system: You are a helpful assistant.
user:
Analyze the provided spectrum to determine if it is a **M-type Giant (gM)**.

A M-type Giant spectrum is defined by its **strong molecular absorption** features, particularly from **Titanium Oxide (TiO)**. You must check for one of the following mutually exclusive signatures:

- **Key Visual Indicators (Absorption-Dominated Spectrum):**

    - **(Primary):** The spectrum is dominated by strong molecular absorption from **Titanium Oxide (TiO)**. This is the **defining feature** of its M-type temperature class.
        - **(Key Bandheads):** Look for sharp, "saw-tooth" absorption valleys. The strongest are located near **~7050 Å**, **~6160 Å**, and **~5170 Å**.
        - **(Line Profile):** The "saw-tooth" morphology is critical: a **sharp, steep drop on the BLUE (short-wavelength) side** of the bandhead, followed by a gradual recovery (rising flux) towards the RED (long-wavelength) side.

    - **(Key Confirmation - Giant vs. Dwarf):** **ABSENCE** of strong **Calcium Hydride (CaH)** molecular bands. This is the primary diagnostic for *excluding* M-dwarfs.
        - **(Key Region):** The spectrum should lack the strong, broad absorption band seen in dwarfs between **~6800 Å and ~7000 Å**.

    - **(Secondary Confirmation - Giant):** A very strong and broad **Neutral Calcium (Ca I)** atomic absorption line.
        - **(Key Line):** Located at **~4226 Å**. In a giant (gM), this line is significantly deeper and broader than the same line in an M-dwarf (dM) due to low surface gravity.

    - **(Overall Spectrum):**
        - The continuum is **extremely red-sloping** (i.e., flux is very low in the blue and rises dramatically towards the red).
        - The entire spectrum appears "chopped up" by the deep TiO bands.

Think first, call **spectral_visualization_tool** if needed to examine features in detail, then provide your final answer. Your response must adhere to the following strict rules:
1.  **Overall Structure:** Your response must follow the format `<think>...</think> <tool_call>...</tool_call> (if a tool is used) <answer>...</answer>`.
2.  **Tool Usage Constraint:** You may only make **one** tool call per turn.
3.  **Final Answer Format:** In the `<answer>` tag, your conclusion must be inside a `\boxed{}` command (e.g., `\boxed{YES}` or `\boxed{NO}`), followed by your justification.

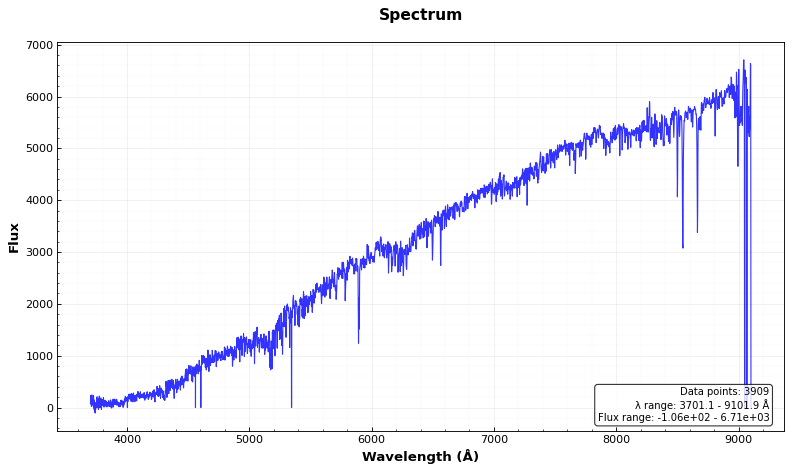
Answer: YES